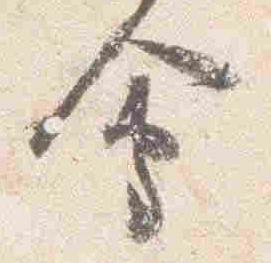
会